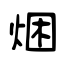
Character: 焑